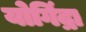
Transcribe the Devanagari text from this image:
योगिंद्रा